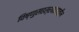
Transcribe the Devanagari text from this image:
विष्णुसहस्रनामातील